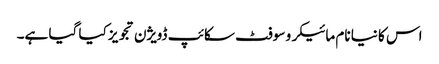
اس کا نیا نام مائیکرو سوفٹ سکائپ ڈویژن تجویز کیا گیا ہے۔